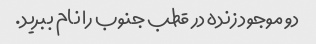
دو موجود زنده در قطب جنوب را نام ببرید.